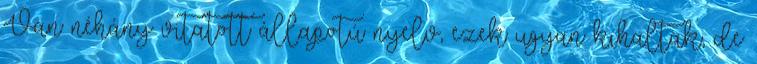
Van néhány vitatott állapotú nyelv, ezek ugyan kihaltak, de